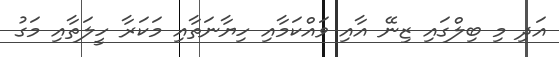
އަދި މި ބިލްގައި ޒިނޭ އާއި ވައްކަމާއި ހިޔާނަތާއި މަކަރާ ހީލަތާއި މަގު